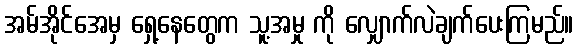
အမ်အိုင်အေမှ ရှေ့နေတွေက သူ့အမှု ကို လျှောက်လဲချက်ပေးကြမည်။